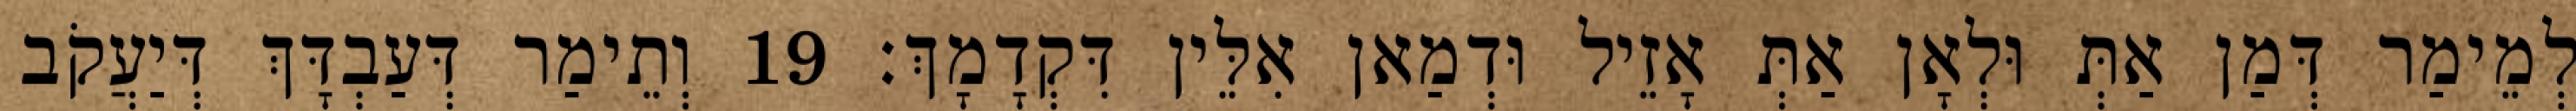
לְמֵימַר דְּמַן אַתְּ וּלְאָן אַתְּ אָזֵיל וּדְמַאן אִלֵּין דִּקְדָמָךְ׃ 19 וְתֵימַר דְּעַבְדָּךְ דְּיַעֲקֹב